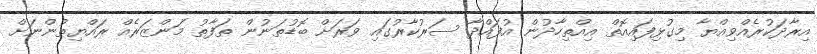
އިރާދަކުރެއްވިއްޔާ މިގުޅިފައިއޮތް އިއްތިހާދުން އުފައްދާ ސަރުކާރުގައި ވަރަށް ބޮޑުތަނުން ތަފާތު މަންޒަރެއް ރައްޔިތުންނަށް